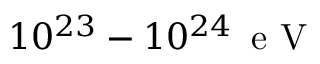
1 0 ^ { 2 3 } - 1 0 ^ { 2 4 } \, \mathrm { ~ e ~ V ~ }